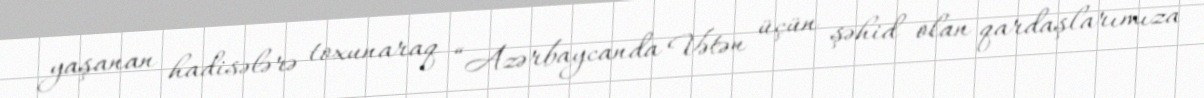
yaşanan hadisələrə toxunaraq “Azərbaycanda Vətən üçün şəhid olan qardaşlarımıza